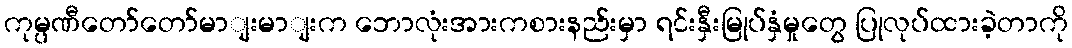
ကုမ္ပဏီတော်တော်မာျးမာျးက ဘောလုံးအားကစားနည်းမှာ ရင်းနှီးမြုပ်နှံမှုတွေ ပြုလုပ်ထားခဲ့တာကို